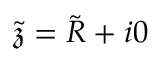
\tilde { \mathfrak { z } } = \tilde { R } + i 0